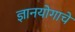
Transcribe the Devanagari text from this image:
ज्ञानयोगाचे